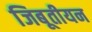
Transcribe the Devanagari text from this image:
जिबूतीयन